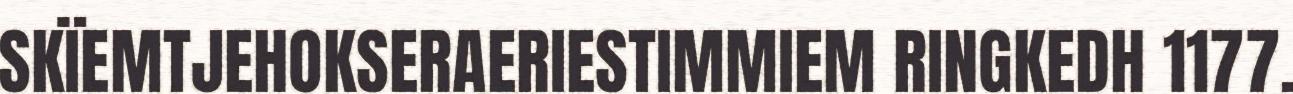
SKÏEMTJEHOKSERAERIESTIMMIEM RINGKEDH 1177.